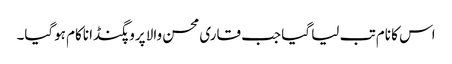
اس کا نام تب لیا گیا جب قاری محسن والا پروپگنڈا ناکام ہوگیا۔